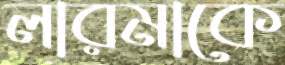
লারমাকে